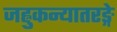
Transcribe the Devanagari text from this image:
जह्नुकन्यातरङ्गे